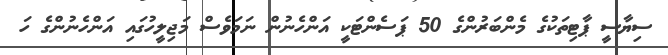
ސިޔާސީ ޕާޓިތަކުގެ މެންބަރުންގެ 50 ޕަސެންޓަކީ އަންހެނުން ނަމަވެސް މަޖިލީހުގައި އަންހެނުންގެ ހަ